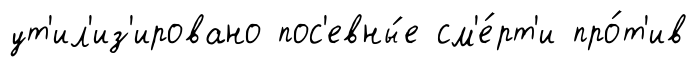
ут'ил'из'ировано пос'евны́е см'е́рт'и про́т'ив